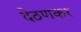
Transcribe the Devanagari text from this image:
देठणकर